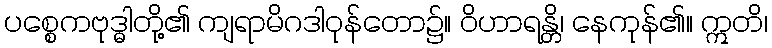
ပစ္စေကဗုဒ္ဓါတို့၏ ကျရာမိဂဒါဝုန်တော၌။ ဝိဟာရန္တိ၊ နေကုန်၏။ ဣတိ၊